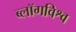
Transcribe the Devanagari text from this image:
ब्लॉगविश्व